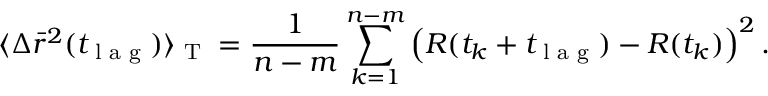
\langle \Delta \bar { r } ^ { 2 } ( t _ { \textnormal { l a g } } ) \rangle _ { \textnormal { T } } = \frac { 1 } { n - m } \sum _ { k = 1 } ^ { n - m } \left( R ( t _ { k } + t _ { \textnormal { l a g } } ) - R ( t _ { k } ) \right) ^ { 2 } .